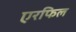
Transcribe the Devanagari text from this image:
एरफिल